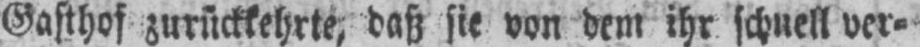
Gasthof zurückkehrte, daß sie von dem ihr schnell ver⸗